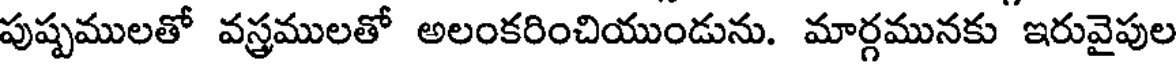
పుష్పములతో వస్త్రములతో అలంకరించియుండును. మార్గమునకు ఇరువైపుల